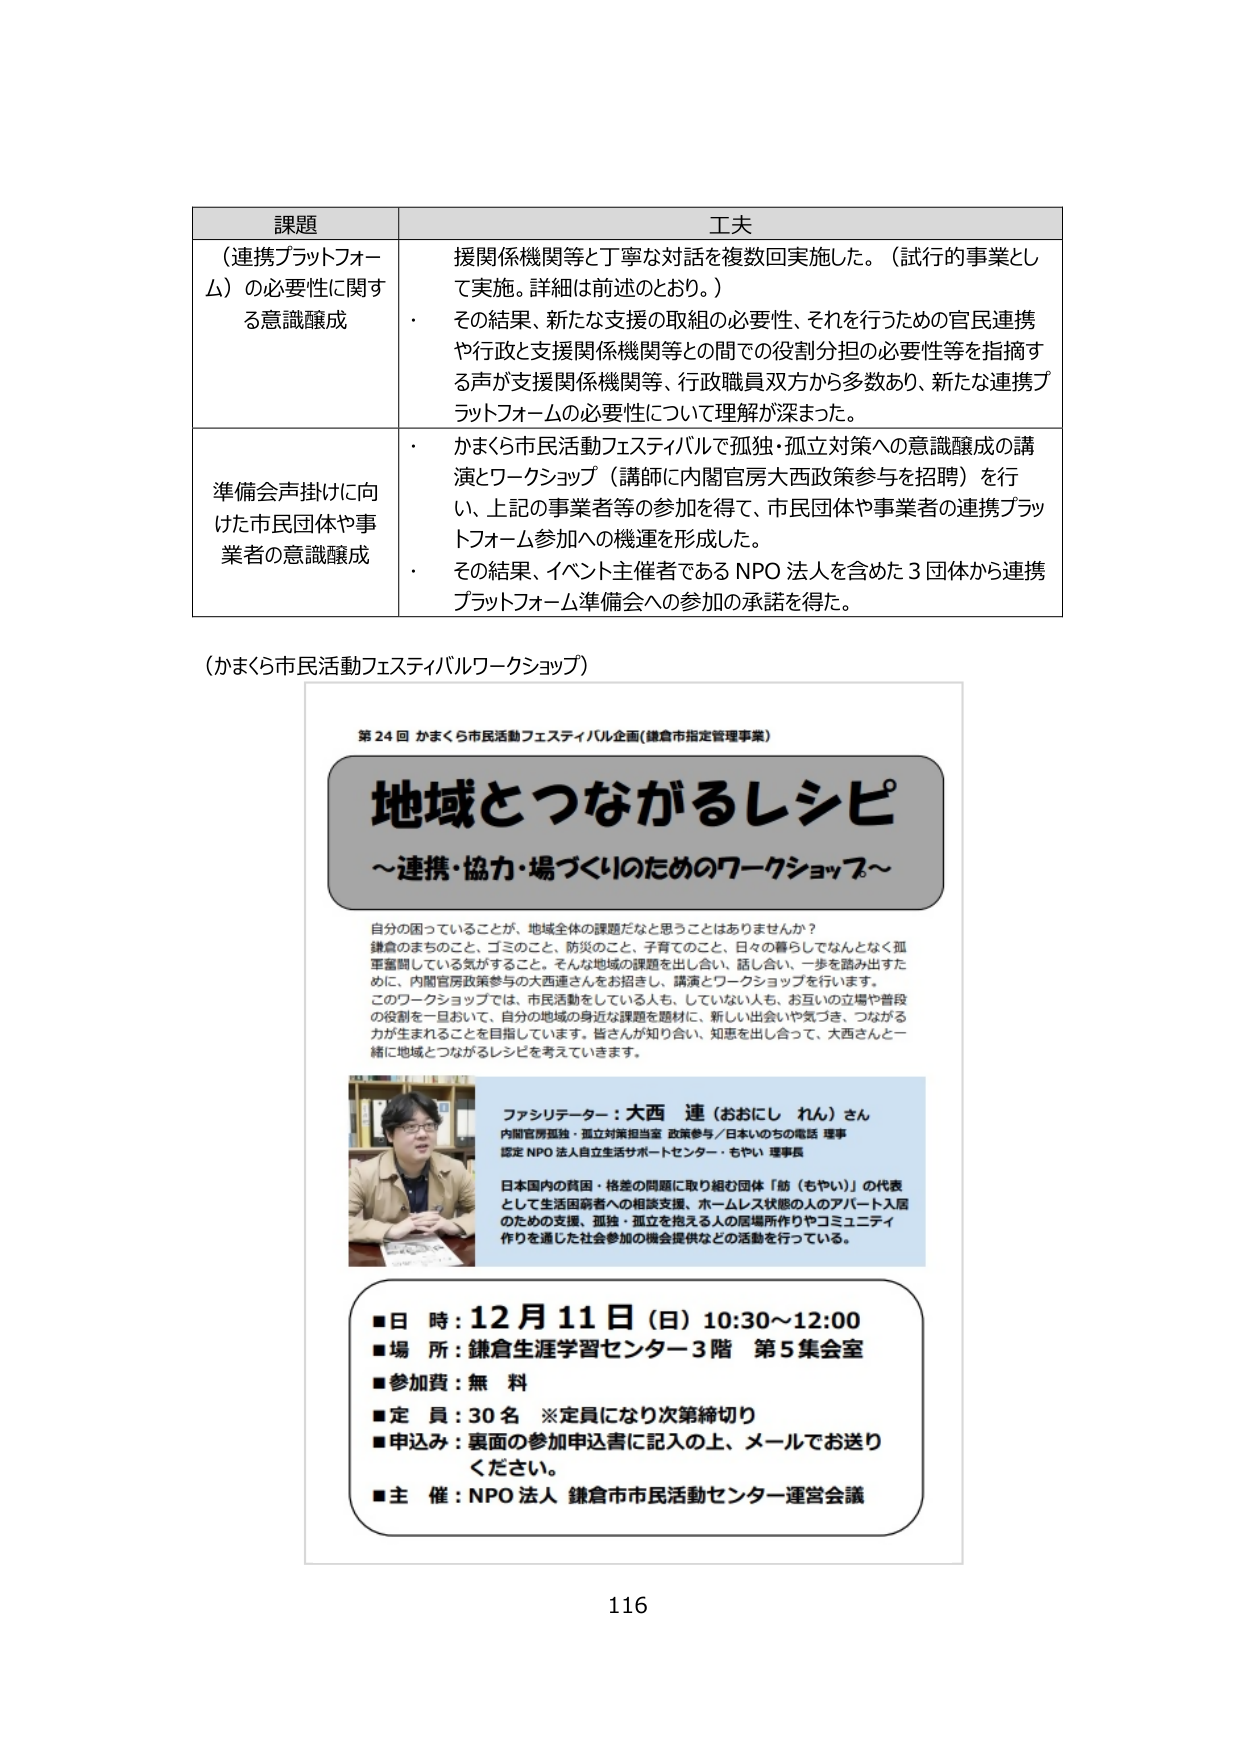
課題
（連携プラットフォーム）の必要性に関する意識醸成

工夫
援関係機関等と丁寧な対話を複数回実施した。（試行的事業として実施。詳細は前述のとおり。）
・ その結果、新たな支援の取組の必要性、それを行うための官民連携や行政と支援関係機関等との間での役割分担の必要性等を指摘する声が支援関係機関等、行政職員双方から多数あり、新たな連携プラットフォームの必要性について理解が深まった。

準備会声掛けに向けた市民団体や事業者の意識醸成
・ かまくら市民活動フェスティバルで孤独・孤立対策への意識醸成の講演とワークショップ（講師に内閣官房大西政策参与を招聘）を行い、上記の事業者等の参加を得て、市民団体や事業者の連携プラットフォーム参加への機運を形成した。
・ その結果、イベント主催者であるNPO法人を含めた3団体から連携プラットフォーム準備会への参加の承諾を得た。

（かまくら市民活動フェスティバルワークショップ）

第24回 かまくら市民活動フェスティバル企画（鎌倉市指定管理事業）

地域とつながるレシピ
～連携・協力・場づくりのためのワークショップ～

自分の困っていることが、地域全体の課題だなと思うことはありませんか？
鎌倉のまちのこと、ゴミのこと、防災のこと、子育てのこと、日々の暮らしでなんとなく孤軍奮闘している気がすること。そんな地域の課題を出し合い、話し合い、一歩を踏み出すために、内閣官房政策参与の大西連さんをお招きし、講演とワークショップを行います。
このワークショップでは、市民活動をしている人も、していない人も、お互いの立場や普段の役割を一旦おいて、自分の地域の身近な課題を題材に、新しい出会いや気づき、つながる力が生まれることを目指しています。皆さんが知り合い、知恵を出し合って、大西さんと一緒に地域とつながるレシピを考えていきます。

ファシリテーター：大西 連（おおにし れん）さん
内閣官房孤独・孤立対策担当室 政策参与／日本いのちの電話 理事
認定NPO法人自立生活サポートセンター・もやい 理事長

日本国内の貧困・格差の問題に取り組む団体「訪（もやい）」の代表として生活困窮者への相談支援、ホームレス状態の人のアパート入居のための支援、孤独・孤立を抱える人の居場所作りやコミュニティ作りを通じた社会参加の機会提供などの活動を行っている。

■日 時：12月11日（日）10:30～12:00
■場 所：鎌倉生涯学習センター3階 第5集会室
■参加費：無料
■定 員：30名 ※定員になり次第締切り
■申込み：裏面の参加申込書に記入の上、メールでお送りください。
■主 催：NPO法人 鎌倉市市民活動センター運営会議

116